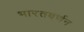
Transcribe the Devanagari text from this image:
भारतवर्णन